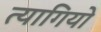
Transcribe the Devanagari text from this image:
त्‍यागियो